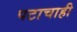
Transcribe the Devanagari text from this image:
पटाचाही